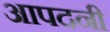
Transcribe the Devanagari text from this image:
आपदनी